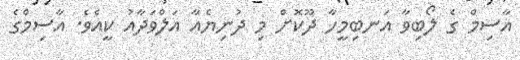
އާސިމް ގެ ލޯބިވާ އަނބިމީހާ ދޫކޮށް މި ދުނިޔެއާ އަލްވަދާއު ކީއެވެ. އާސިމްގެ